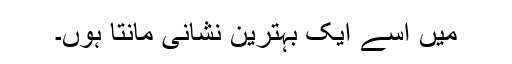
میں اسے ایک بہترین نشانی مانتا ہوں۔